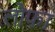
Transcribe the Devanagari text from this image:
लोफा